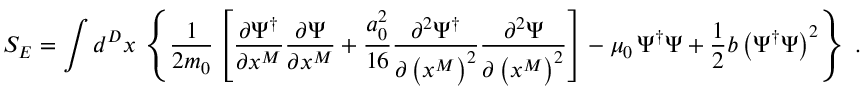
S _ { E } = \int d ^ { D } x \, \left\{ \frac { 1 } { 2 m _ { 0 } } \left[ \frac { \partial \Psi ^ { \dagger } } { \partial x ^ { M } } \frac { \partial \Psi } { \partial x ^ { M } } + \frac { a _ { 0 } ^ { 2 } } { 1 6 } \frac { \partial ^ { 2 } \Psi ^ { \dagger } } { \partial \left( x ^ { M } \right) ^ { 2 } } \frac { \partial ^ { 2 } \Psi } { \partial \left( x ^ { M } \right) ^ { 2 } } \right] - \mu _ { 0 } \, \Psi ^ { \dagger } \Psi + \frac { 1 } { 2 } b \left( \Psi ^ { \dagger } \Psi \right) ^ { 2 } \right\} \; .